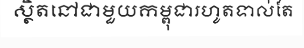
ស្ថិតនៅជាមួយកម្ពុជារហូតទាល់តែ